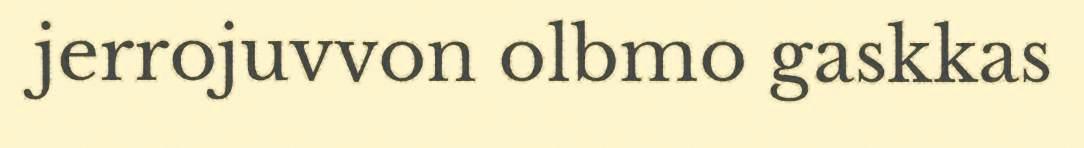
jerrojuvvon olbmo gaskkas